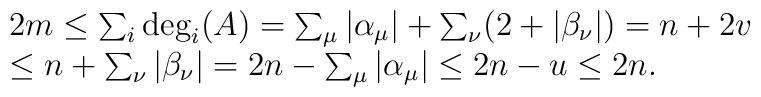
\begin{array}{l}2m\le\sum_i\deg_i(A)=\sum_\mu|\alpha_\mu|+\sum_\nu(2+|\beta_\nu|)=n+2v\\\le n+\sum_\nu|\beta_\nu|=2n-\sum_\mu|\alpha_\mu|\le 2n-u\le 2n.\end{array}